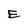
Character: E